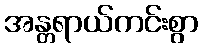
အန္တရာယ်ကင်းစွာ